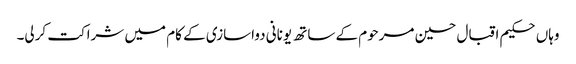
وہاں حکیم اقبال حسین مرحوم کے ساتھ یونانی دواسازی کے کام میں شراکت کرلی۔